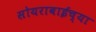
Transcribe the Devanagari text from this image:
सोयराबाईच्या